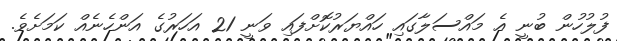
ފުލުހުން ބުނީ އެ މައްސަލާގައި ހައްޔަރުކޮށްފައި ވަނީ 21 އަހަރުގެ އަންހެނެއް ކަމަށެވެ.